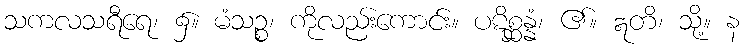
သကလသရီရေ၊ ၌။ မံသဉ္စ၊ ကိုလည်းကောင်း။ ပဋိစ္ဆန္နံ၊ ၏။ ဣတိ၊ သို့။ န